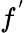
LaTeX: f^{'}